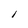
Character: l